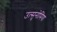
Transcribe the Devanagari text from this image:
उत्सुनोमिया